Annual administration report of the Civil Veterinary Department of India - 1892-1893
Year: 1892
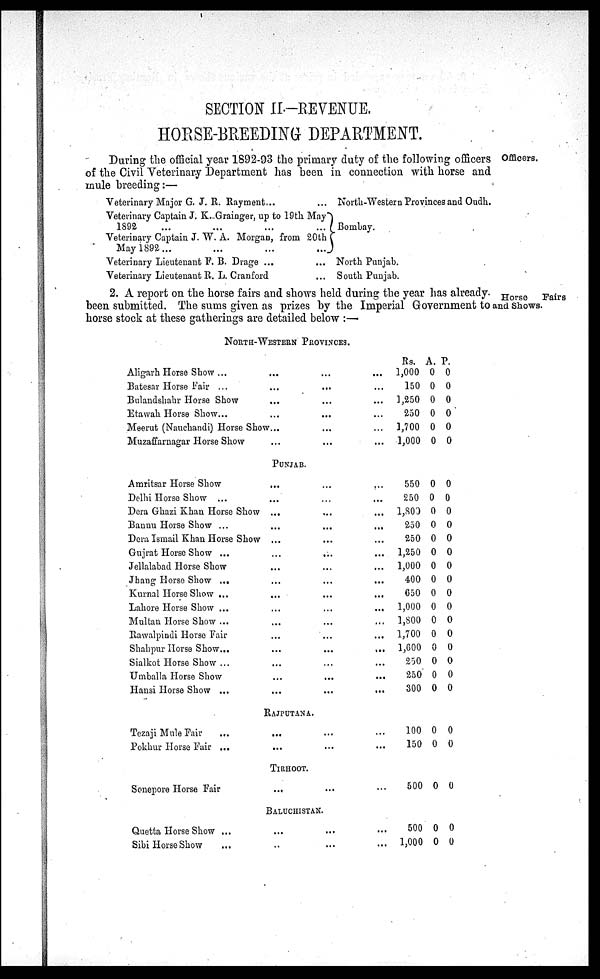
SECTION II.—REVENUE.
HORSE-BREEDING DEPARTMENT.
During the official year 1892-93 the primary duty of the following officers Officers,
of the Civil Veterinary Department has been in connection with horse and
mule breeding:—
Veterinary Major G. J. R. Rayment... ...
Veterinary Captain J. K.Grainger, up to 19th May
1892
...
...
...
...
Veterinary Captain J. W. A. Morgan, from 20th
May 1892... ... ... ...
Veterinary Lieutenant F. B. Drage ... ...
Veterinary Lieutenant R. L. Cranford ...
North-Western Provinces and Oudh.
Bombay.
North Punjab.
South Punjab.
Horse
Fairs
2. A report on the horse fairs and shows held during the year has already.
been submitted. The sums given as prizes by the Imperial Government to and shows.
horse stock at these gatherings are detailed below :—
NORTH-WESTERN PROVINCES.
Aligarh Horse Show ... ... ... ...
Batesar Horse Fair ... ... ... ...
Bulandshahr Horse Show ... ... ...
Etawah Horse Show... ... ... ...
Meerut (Nauehandi) Horse Show ...
Muzaffarnagar Horse Show ... ... ...
PUNJAB.
Amritsar Horse Show ... ... ...
Delhi Horse Show ... ... ... ...
Dera Ghazi Khan Horse Show ... ... ...
Bannu Horse Show ... ... ... ...
Dera Ismail Khan Horse Show ... ... ...
Gujrat Horse Show ... ... ... ...
Jellalabad Horse Show ... ... ...
Jhang Horse Show ... ... ... ...
Kurnal Horse Show ... ... ... ...
Lahore Horse Show ... ... ... ...
Multan Horse Show ... ... ... ...
Rawalpindi Horse Fair ... ... ...
Shahpur Horse Show... ... ... ...
Sialkot Horse Show ... ... ... ...
Umballa Horse Show ... ... ...
Hansi Horse Show ... ... ... ...
RAJPUTANA .
Tezaji Mule Fair ...
Pokhur Horse Fair ...
TIRHOOT.
Sonepore Horse Fair ... ... ...
BALUCHISTAN.
Quetta Horse Show ... ... ... ...
Sibi Horse Show ... ... ... ...
Rs.
1,000
150
1,250
250
1,700
1,000
550
250
1,800
250
250
1,250
1,000
400
650
1,000
1,800
1,700
1,600
250
250
300
100
150
500
500
1,000
A.
0
0
0
0
0
0
0
0
0
0
0
0
0
0
0
0
0
0
0
0
0
0
0
0
0
0
0
P.
0
0
0
0
0
0
0
0
0
0
0
0
0
0
0
0
0
0
0
0
0
0
0
0
0
0
0